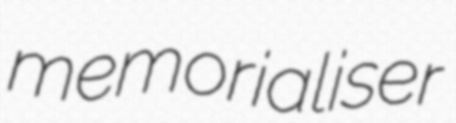
memorialiser